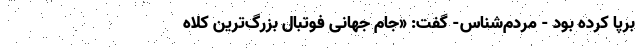
برپا کرده بود - مردم‌شناس- گفت: «جام جهانی فوتبال بزرگ‌ترین کلاه‌